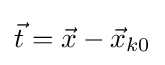
{\vec {t}}={\vec {x}}-{\vec {x}}_{k0}